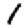
Digit: 1